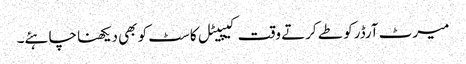
میرٹ آرڈرکو طے کرتے وقت کیپیٹل کاسٹ کو بھی دیکھنا چاہئے۔